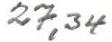
27,34